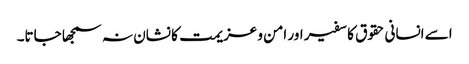
اسے انسانی حقوق کا سفیر اور امن و عزیمت کا نشان نہ سمجھا جاتا۔